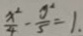
\frac { x ^ { 2 } } { 4 } - \frac { y ^ { 2 } } { 5 } = 1 .